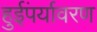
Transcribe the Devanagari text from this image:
हुईंपर्यावरण